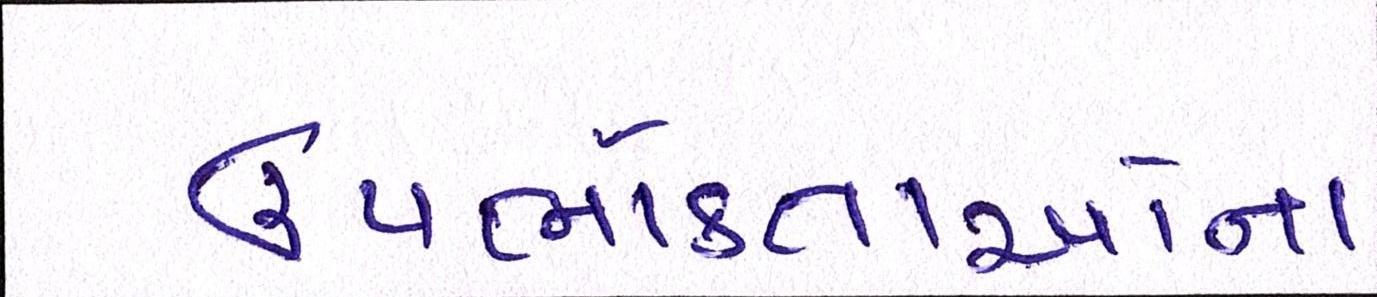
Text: ઉપભોક્તાઓના